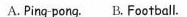
A.Ping-pong. B.Football.